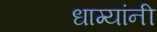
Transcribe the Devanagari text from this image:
धाग्‍यांनी